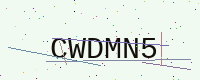
Text: CWDMN5